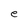
Character: e